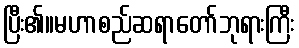
ပြီး၏။မဟာစည်ဆရာတော်ဘုရားကြီး